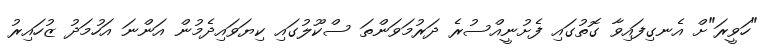
"ހަވީރަ"ށް އެނގިފައިވާ ގޮތުގައި ފެށުނީއްސުރެ ދަރުމަވަންތަ ސްކޫލުގައި ކިޔަވައިދެމުން އަންނަ އަހުމަދު ޒުހައިރު